Indian journal of veterinary science and animal husbandry - Volume 6,
Year: 1936
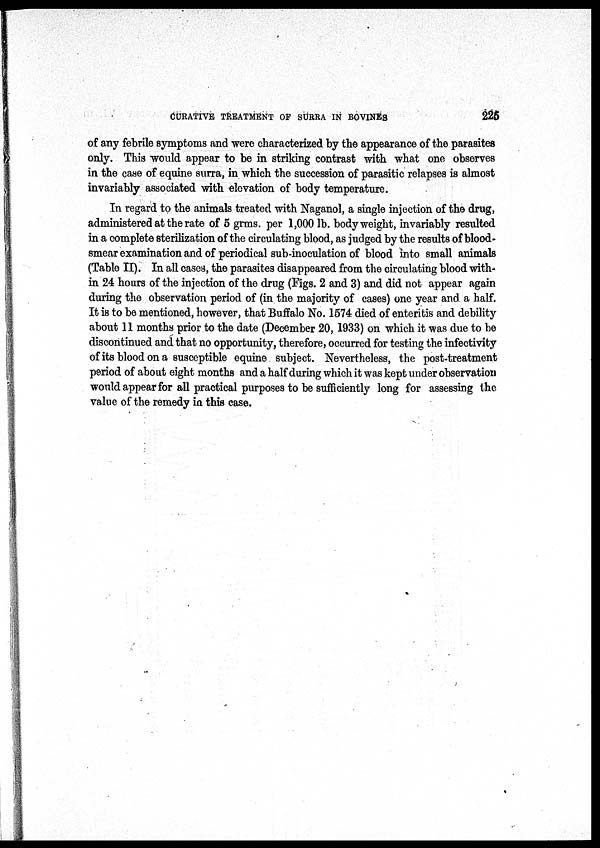
CURATIVE TREATMENT OF SURRA IN BOVINES
225
of any febrile symptoms and were characterized by the appearance of the parasites
only. This would appear to be in striking contrast with what one observes
in the case of equine surra, in which the succession of parasitic relapses is almost
invariably associated with elevation of body temperature.
In regard to the animals treated with Naganol, a single injection of the drug,
administered at the rate of 5 grms. per 1,000 lb. body weight, invariably resulted
in a complete sterilization of the circulating blood, as judged by the results of blood-
smear examination and of periodical sub-inoculation of blood into small animals
(Table II). In all cases, the parasites disappeared from the circulating blood with-
in 24 hours of the injection of the drug (Figs. 2 and 3) and did not appear again
during the observation period of (in the majority of cases) one year and a half.
It is to be mentioned, however, that Buffalo No. 1574 died of enteritis and debility
about 11 months prior to the date (December 20, 1933) on which it was due to be
discontinued and that no opportunity, therefore, occurred for testing the infectivity
of its blood on a susceptible equine subject. Nevertheless, the post-treatment
period of about eight months and a half during which it was kept under observation
would appear for all practical purposes to be sufficiently long for assessing the
value of the remedy in this case.